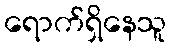
ရောက်ရှိနေသူ